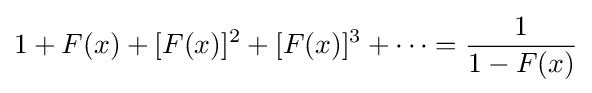
1+F(x)+[F(x)]^{2}+[F(x)]^{3}+\cdots ={\frac {1}{1-F(x)}}